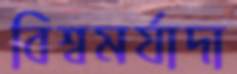
বিশ্বমর্যাদা